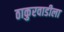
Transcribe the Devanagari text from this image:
ठाकुरवाडीला